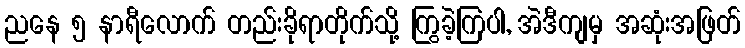
ညနေ ၅ နာရီလောက် တည်းခိုရာတိုက်သို့ ကြွခဲ့ကြပါ, အဲဒီကျမှ အဆုံးအဖြတ်